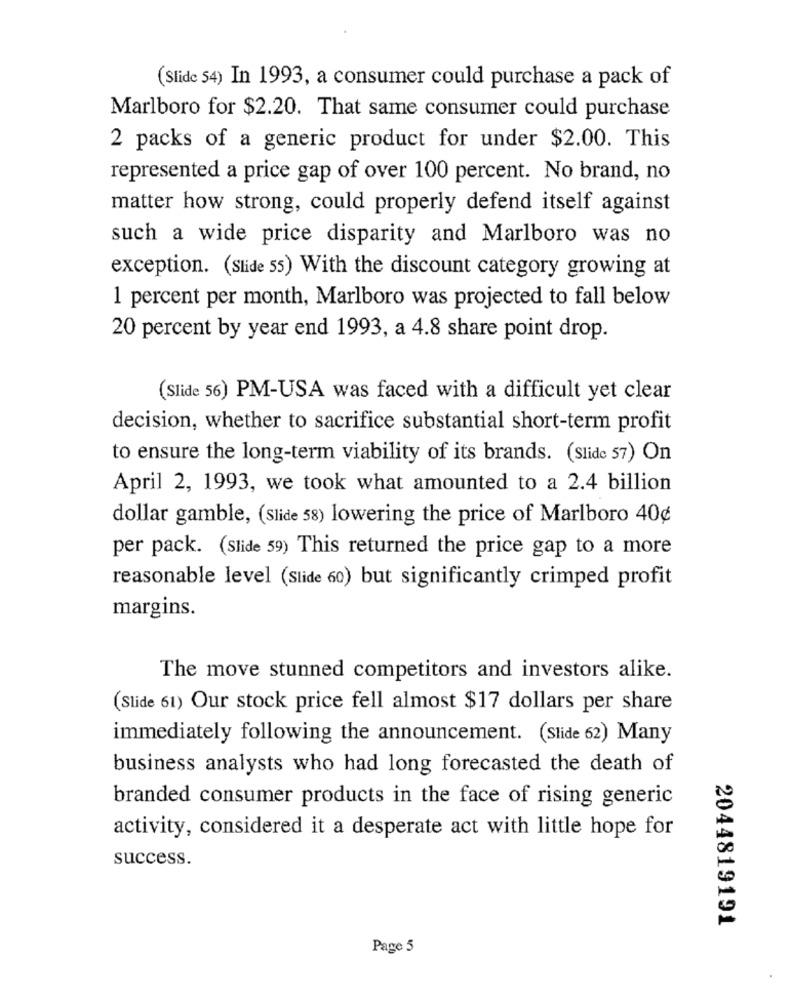
(Slide 54) In 1993, a consumer could purchase a pack of
Marlboro for $2.20. That same consumer could purchase
2 packs of a generic product for under $2.00. This
represented a price gap of over 100 percent. No brand, no
matter how strong, could properly defend itself against
such a wide price disparity and Marlboro was no
exception. (Slide 55) With the discount category growing at
1 percent per month, Marlboro was projected to fall below
20 percent by year end 1993, a 4.8 share point drop.
(Slide 56) PM-USA was faced with a difficult yet clear
decision, whether to sacrifice substantial short-term profit
to ensure the long-term viability of its brands. (Slide 57) On
April 2, 1993, we took what amounted to a 2.4 billion
dollar gamble, (Slide 58) lowering the price of Marlboro 40¢
per pack. (Slide 59) This returned the price gap to a more
reasonable level (Slide 60) but significantly crimped profit
margins.
The move stunned competitors and investors alike.
(Slide 61) Our stock price fell almost $17 dollars per share
immediately following the announcement. (Slide 62) Many
business analysts who had long forecasted the death of
branded consumer products in the face of rising generic
activity, considered it a desperate act with little hope for
success.
2044819191
Page 5